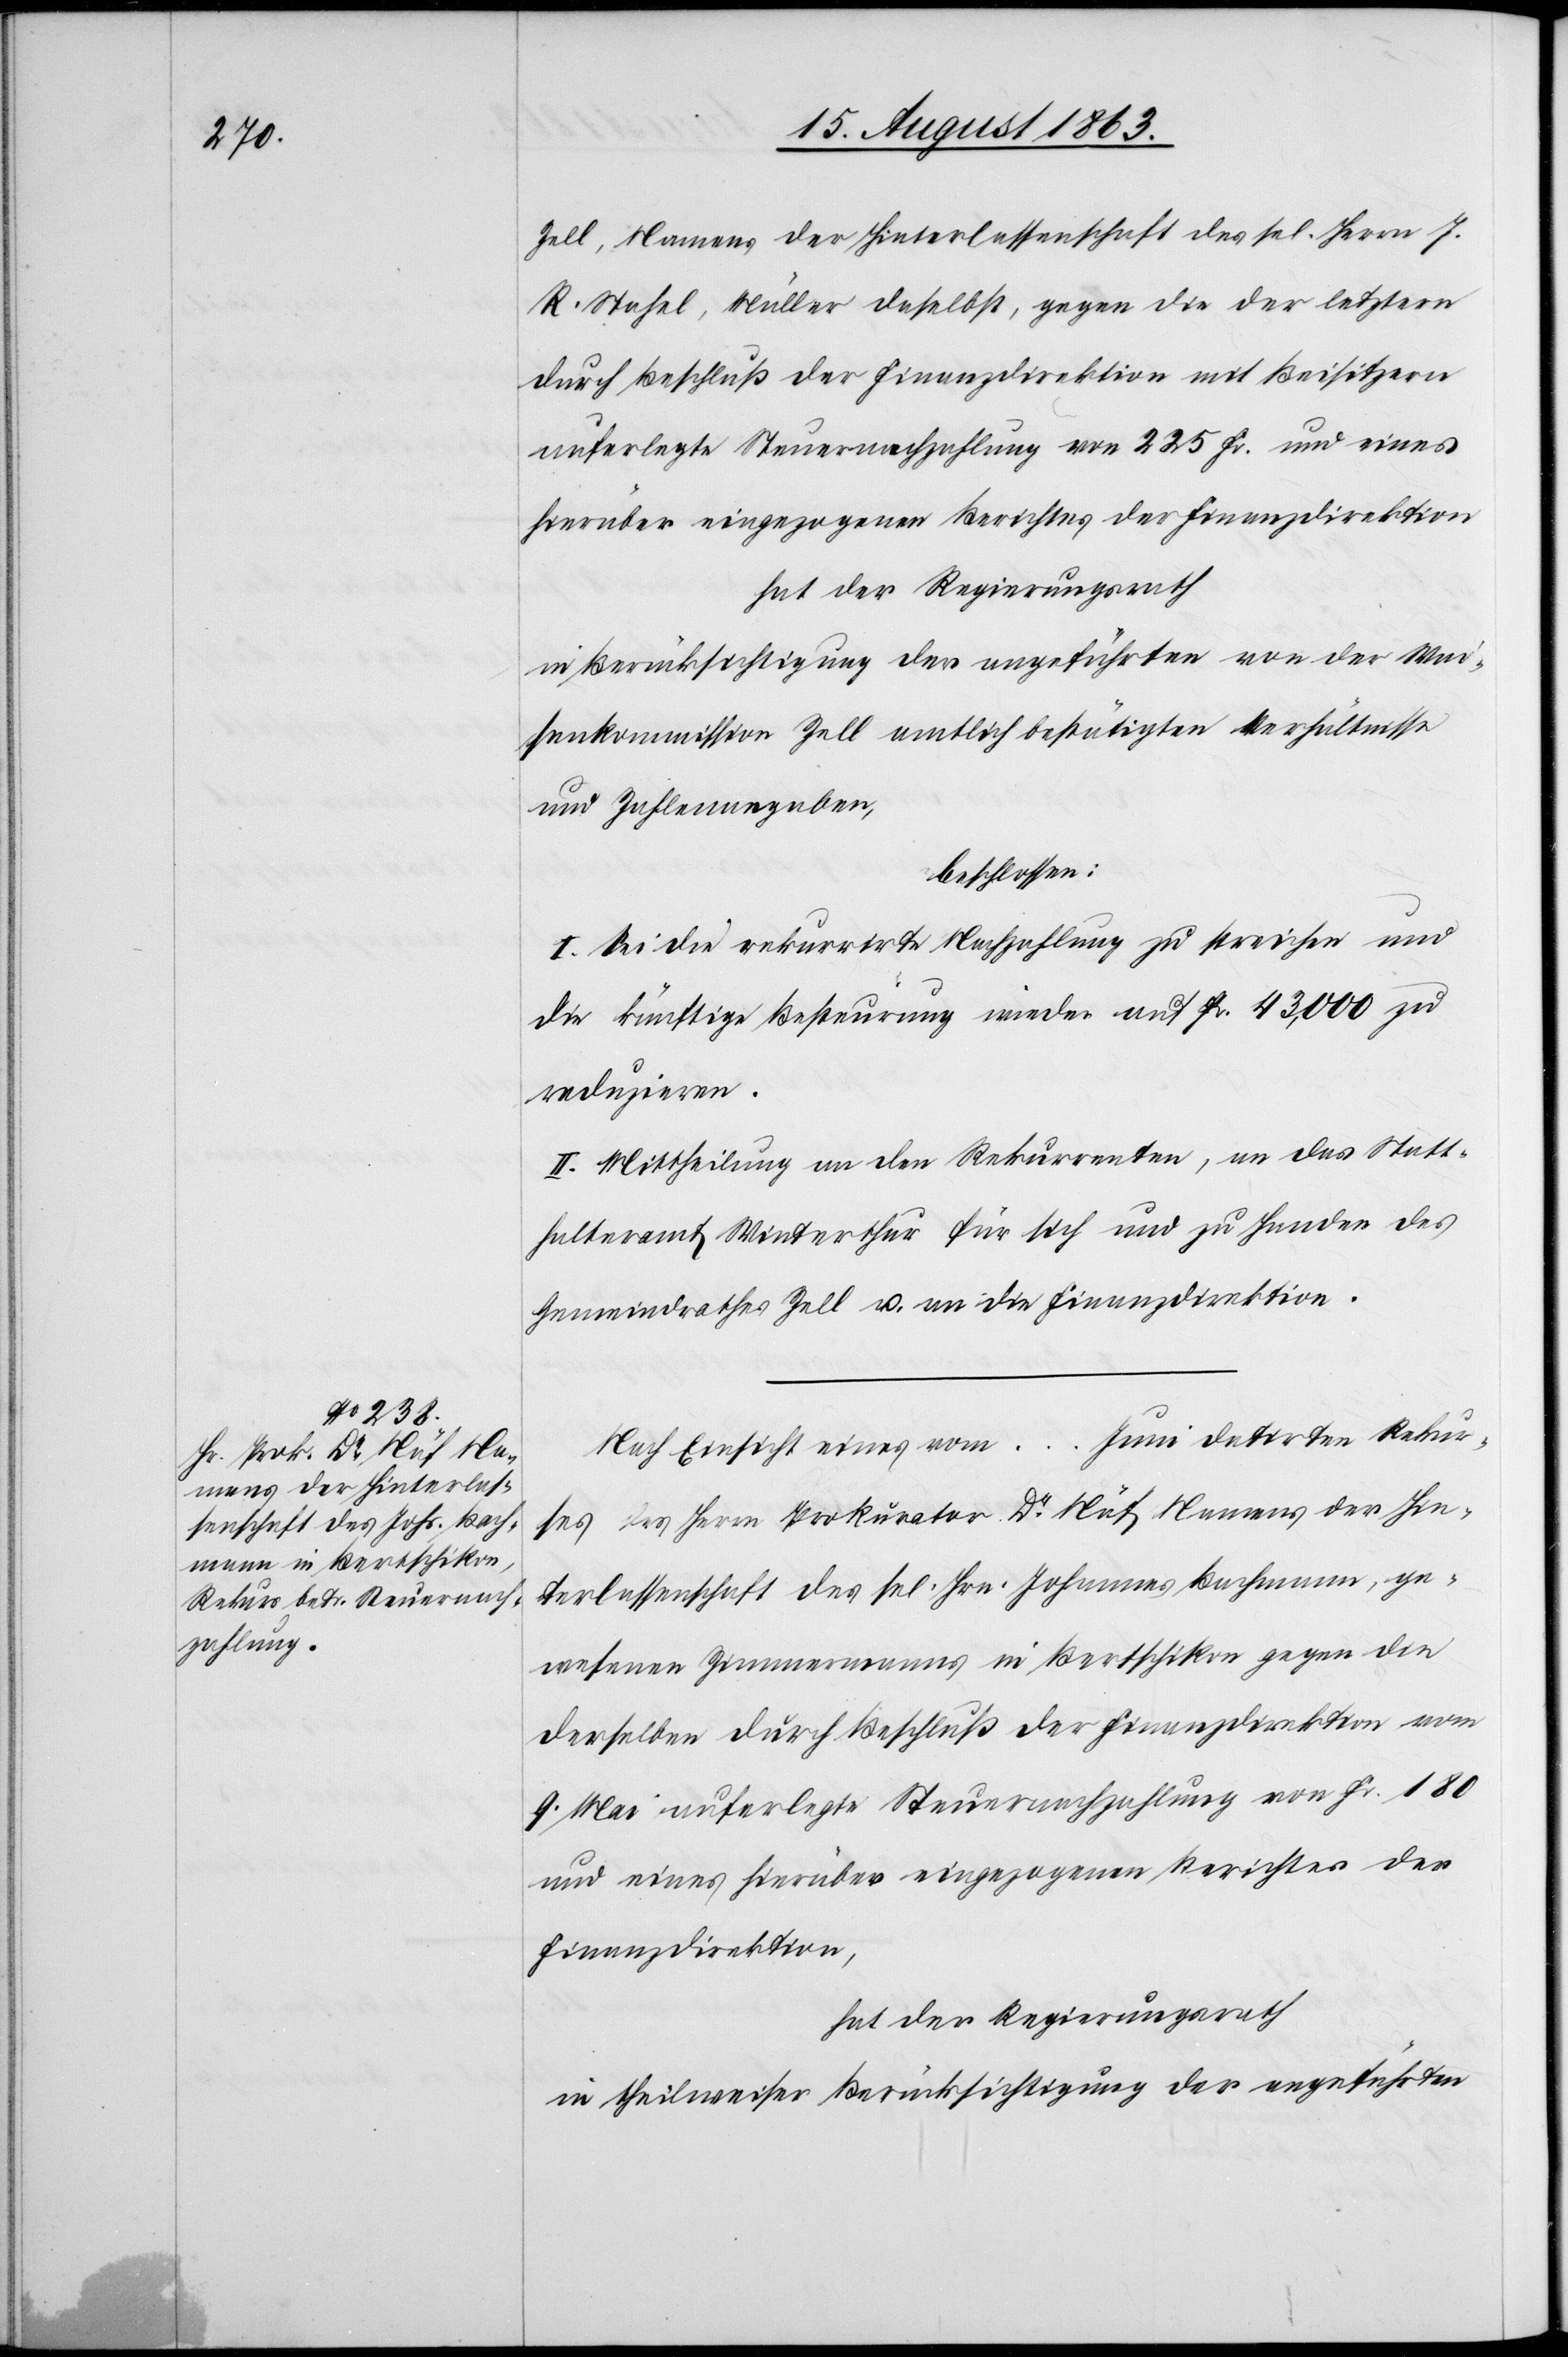
Zell, Namens der Hinterlassenschaft des sel. Herrn J.
R. Stahel, Müller daselbst, gegen die der letztern
durch Beschluß der Finanzdirektion mit Beisitzern
auferlegte Steuernachzahlung von 225 Fr. und eines
hierüber eingezogenen Berichtes der Finanzdirektion
hat der Regierungsrath
in Berücksichtigung der angeführten von der Wai¬
senkommission Zell amtlich bestätigten Verhältnisse
und Zahlenangaben,
beschlossen:
I. Sei die rekurrirte Nachzahlung zu streichen und
die künftige Besteurung wieder auf Fr. 43,000 zu
reduzieren.
II. Mittheilung an den Rekurrenten, an das Statt¬
halteramt Winterthur für sich und zu Handen des
Gemeindrathes Zell u. an die Finanzdirektion.
Nach Einsicht eines vom … Juni datirten Rekur¬
ses des Herrn Prokurator Dr Näf Namens der Hin¬
terlassenschaft des sel. Hrn. Johannes Bachmann, ge¬
wesenen Zimmermanns in Bertschikon gegen die
derselben durch Beschluß der Finanzdirektion vom
9. Mai auferlegte Steuernachzahlung von Fr. 180
und eines hierüber eingezogenen Berichtes der
Finanzdirektion,
hat der Regierungsrath
in theilweiser Berücksichtigung der angeführten